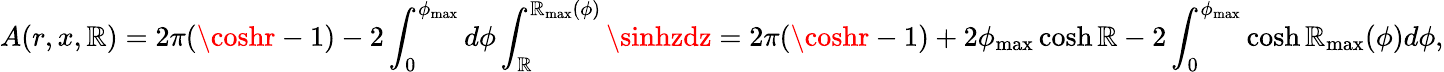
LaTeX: A(r,x,\mathbb{R})=2\pi(\coshr-1)-2\int_{0}^{\phi_{\operatorname*{max}}}d\phi\int_{\mathbb{R}}^{\mathbb{R}_{\operatorname*{max}}(\phi)}\sinhzdz=2\pi(\coshr-1)+2\phi_{\operatorname*{max}}\cosh\mathbb{R}-2\int_{0}^{\phi_{\operatorname*{max}}}\cosh\mathbb{R}_{\operatorname*{max}}(\phi)d\phi,